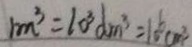
1 m ^ { 3 } = 1 0 ^ { 3 } d m ^ { 3 } = 1 0 ^ { 6 } c m ^ { 3 }